Punjab Mental Hospital Lahore 1922-31 - 1922-1931
Year: 1922
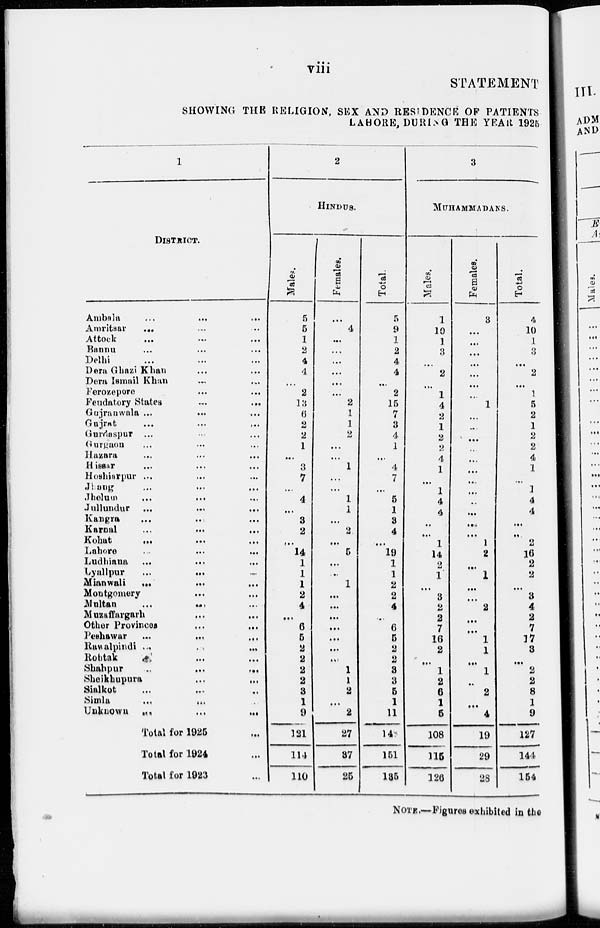
viii
STATEMENT
SHOWING THE RELIGION, SEX AND RESIDENCE OF PATIENTS
LAHORE, DURING THE YEAR 1925
1
DISTRICT.
Ambala
...
...
...
Amritsar ... ... ...
Attock
... ... ...
Bannu ... ... ...
Delhi ... ... ...
Dera Ghazi Khan ... ...
Dora Ismail Khan ... ...
Ferozepore
...
...
Feudatory States
...
...
Gujranwala ... ... ...
Gujrat
...
...
...
Gurdaspur ... ... ...
Gurgaon ... ... ...
Hazara ... ... ...
Hissar
...
...
...
Hoshiarpur ... ... ...
Jhang ... ... ...
Jhelum
...
... ...
Jullundur ...
...
...
Kangra ... ... ...
Karnal ... ... ...
Kohat ... ... ...
Lahore ... ... ...
Ludhiana ... ... ...
Lyallpur
...
...
...
Mianwali ... ... ...
Montgomery ... ...
Multan ... ... ...
Muzaffargarh ... ...
Other Provinces ... ...
Peshawar
...
...
...
Rawalpindi ... ... ...
Rohtak ... ...
Shahpur
...
...
...
Sheikhupura ... ...
Sialkot
...
...
...
Simla ... ...
...
Unknown
...
...
...
Total for 1925 ...
Total for 1924 ...
Total for 1923 ...
2
HINDUS.
Males.
5
5
1
2
4
4
...
2
13
6
2
2
1
...
3
7
...
4
...
3
2
...
14
1
1
1
2
4
...
6
5
2
2
2
2
3
1
9
121
114
110
Females.
...
4
...
...
...
...
...
...
2
1
1
2
...
...
1
...
...
1
1
...
2
...
5
...
...
1
...
...
...
...
...
...
...
1
1
2
...
2
27
37
25
Total.
5
9
1
2
4
4
...
2
15
7
3
4
1
...
4
7
...
5
1
3
4
...
19
1
1
2
2
4
...
6
5
2
2
3
3
5
1
11
148
151
185
3
MUHAMMADANS.
Males.
1
10
1
3
2
...
1
4
2
1
2
2
4
1
...
1
4
4
...
...
1
14
2
1
...
3
2
2
7
16
2
...
1
2
6
1
5
108
115
126
Females.
3
...
...
...
...
...
...
...
1
...
...
...
...
...
...
...
...
...
...
...
...
1
2
...
1
...
...
2
...
...
1
1
...
1
...
2
...
4
19
29
28
Total.
4
10
1
3
...
2
...
1
5
2
1
2
2
4
1
...
1
4
4
...
...
2
16
2
2
...
3
4
2
7
17
3
...
2
2
8
1
9
127
144
154
NOTE.—Figures exhibited in the